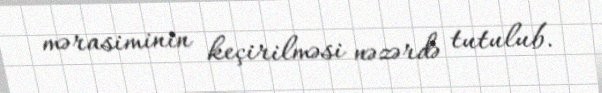
mərasiminin keçirilməsi nəzərdə tutulub.